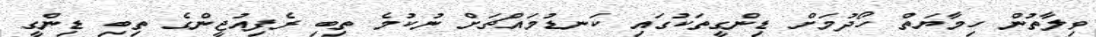
ވިލާތުން ހިމާޔަތް ހޯދުމަށް ޑިންގީތަކުގައި ކަނޑުމައްޗަށް ނުކުމެ ތިބި ރެފިއުޖީންގެ ތިބި ޑިންގީ